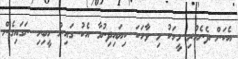
އެކަން ދެނެހުރި މީހަކު މި ވާހަކަ ކިޔައިދިނުމާ އެކު ގައިން ހީބިހި ނަގައިގެން